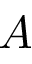
A